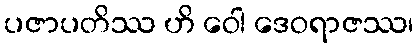
ပဇာပတိဿ ဟိ ဝေါ ဒေဝရာဇဿ၊